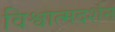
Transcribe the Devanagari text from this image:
विश्वात्मदर्शन